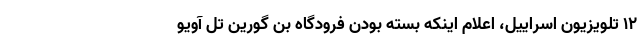
12 تلویزیون اسراییل، اعلام اینکه بسته بودن فرودگاه بن گورین تل آویو